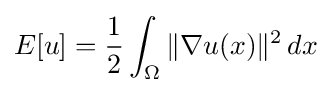
E[u]={\frac {1}{2}}\int _{\Omega }\|\nabla u(x)\|^{2}\,dx